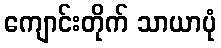
ကျောင်းတိုက် သာယာပုံ